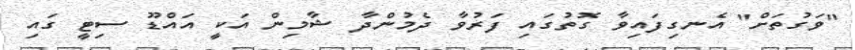
"ވަގުތަށް" އެނގިފައިވާ ގޮތުގައި ފަރުވާ ދެމުންދާ ޝާމިން އަކީ އައްޑޫ ސިޓީ ގައި